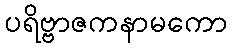
ပရိဗ္ဗာဇကနာမကော